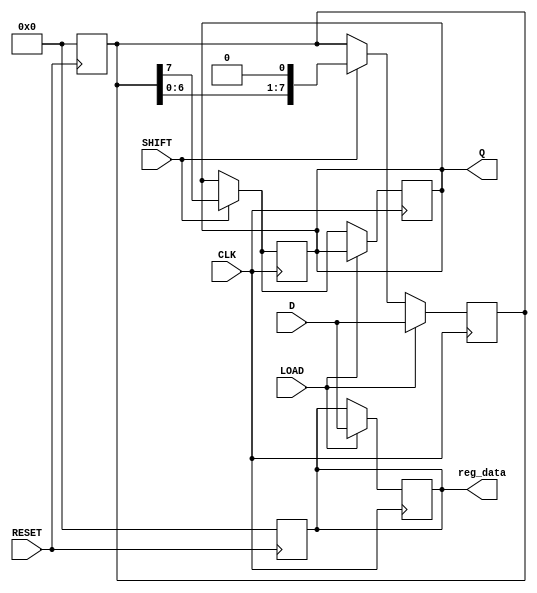
module PISO_Register #(
    parameter WIDTH = 8  // Configurable width of the data bus
)(
    input wire [WIDTH-1:0] D,     // Parallel input data
    input wire LOAD,               // Load control signal
    input wire SHIFT,              // Shift control signal
    input wire CLK,                // Clock signal
    input wire RESET,              // Asynchronous reset signal
    output reg Q,                  // Serial output
    output reg [WIDTH-1:0] reg_data // Internal register data for debugging
);

    // Internal register to hold the parallel data
    reg [WIDTH-1:0] shift_reg;

    // Asynchronous reset
    always @(posedge RESET) begin
        shift_reg <= {WIDTH{1'b0}}; // Clear the register
        reg_data <= {WIDTH{1'b0}}; // Clear the internal register data
    end

    // Sequential logic for loading and shifting
    always @(posedge CLK) begin
        if (LOAD) begin
            shift_reg <= D;          // Load parallel data into the shift register
            reg_data <= D;          // Store the loaded data for debugging
        end else if (SHIFT) begin
            shift_reg <= {shift_reg[WIDTH-2:0], 1'b0}; // Shift left and output MSB
            Q <= shift_reg[WIDTH-1]; // Output the MSB
        end
    end

    // Output the serial data
    always @(posedge CLK) begin
        if (SHIFT) begin
            Q <= shift_reg[WIDTH-1]; // Output the MSB on the rising edge of SHIFT
        end
    end

endmodule